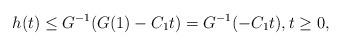
LaTeX: \begin{align*}h(t)\le G^{-1}(G(1)-C_1t)=G^{-1}(-C_1t),t\ge 0,\end{align*}